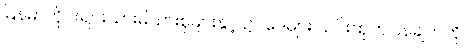
မြန်မာတိုင်းရင်းသားမိသားစုများနှင့် ဥပဒေများ ယင်းထုတ်ပြန်ချက်ကို